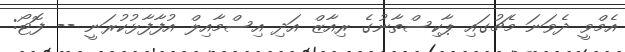
އެމްވީ ދެވަނަ މެޗުގައި ޕާކިސްތާނުގެ ރިއާޒް އަދި އިސްމާއިލް އުފާފާޅުކުރަނީ -- ފޮޓޯ: